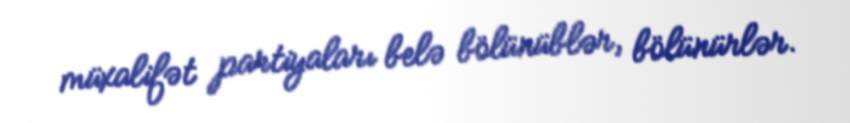
müxalifət partiyaları belə bölünüblər, bölünürlər.